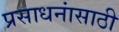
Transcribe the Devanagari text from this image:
प्रसाधनांसाठी